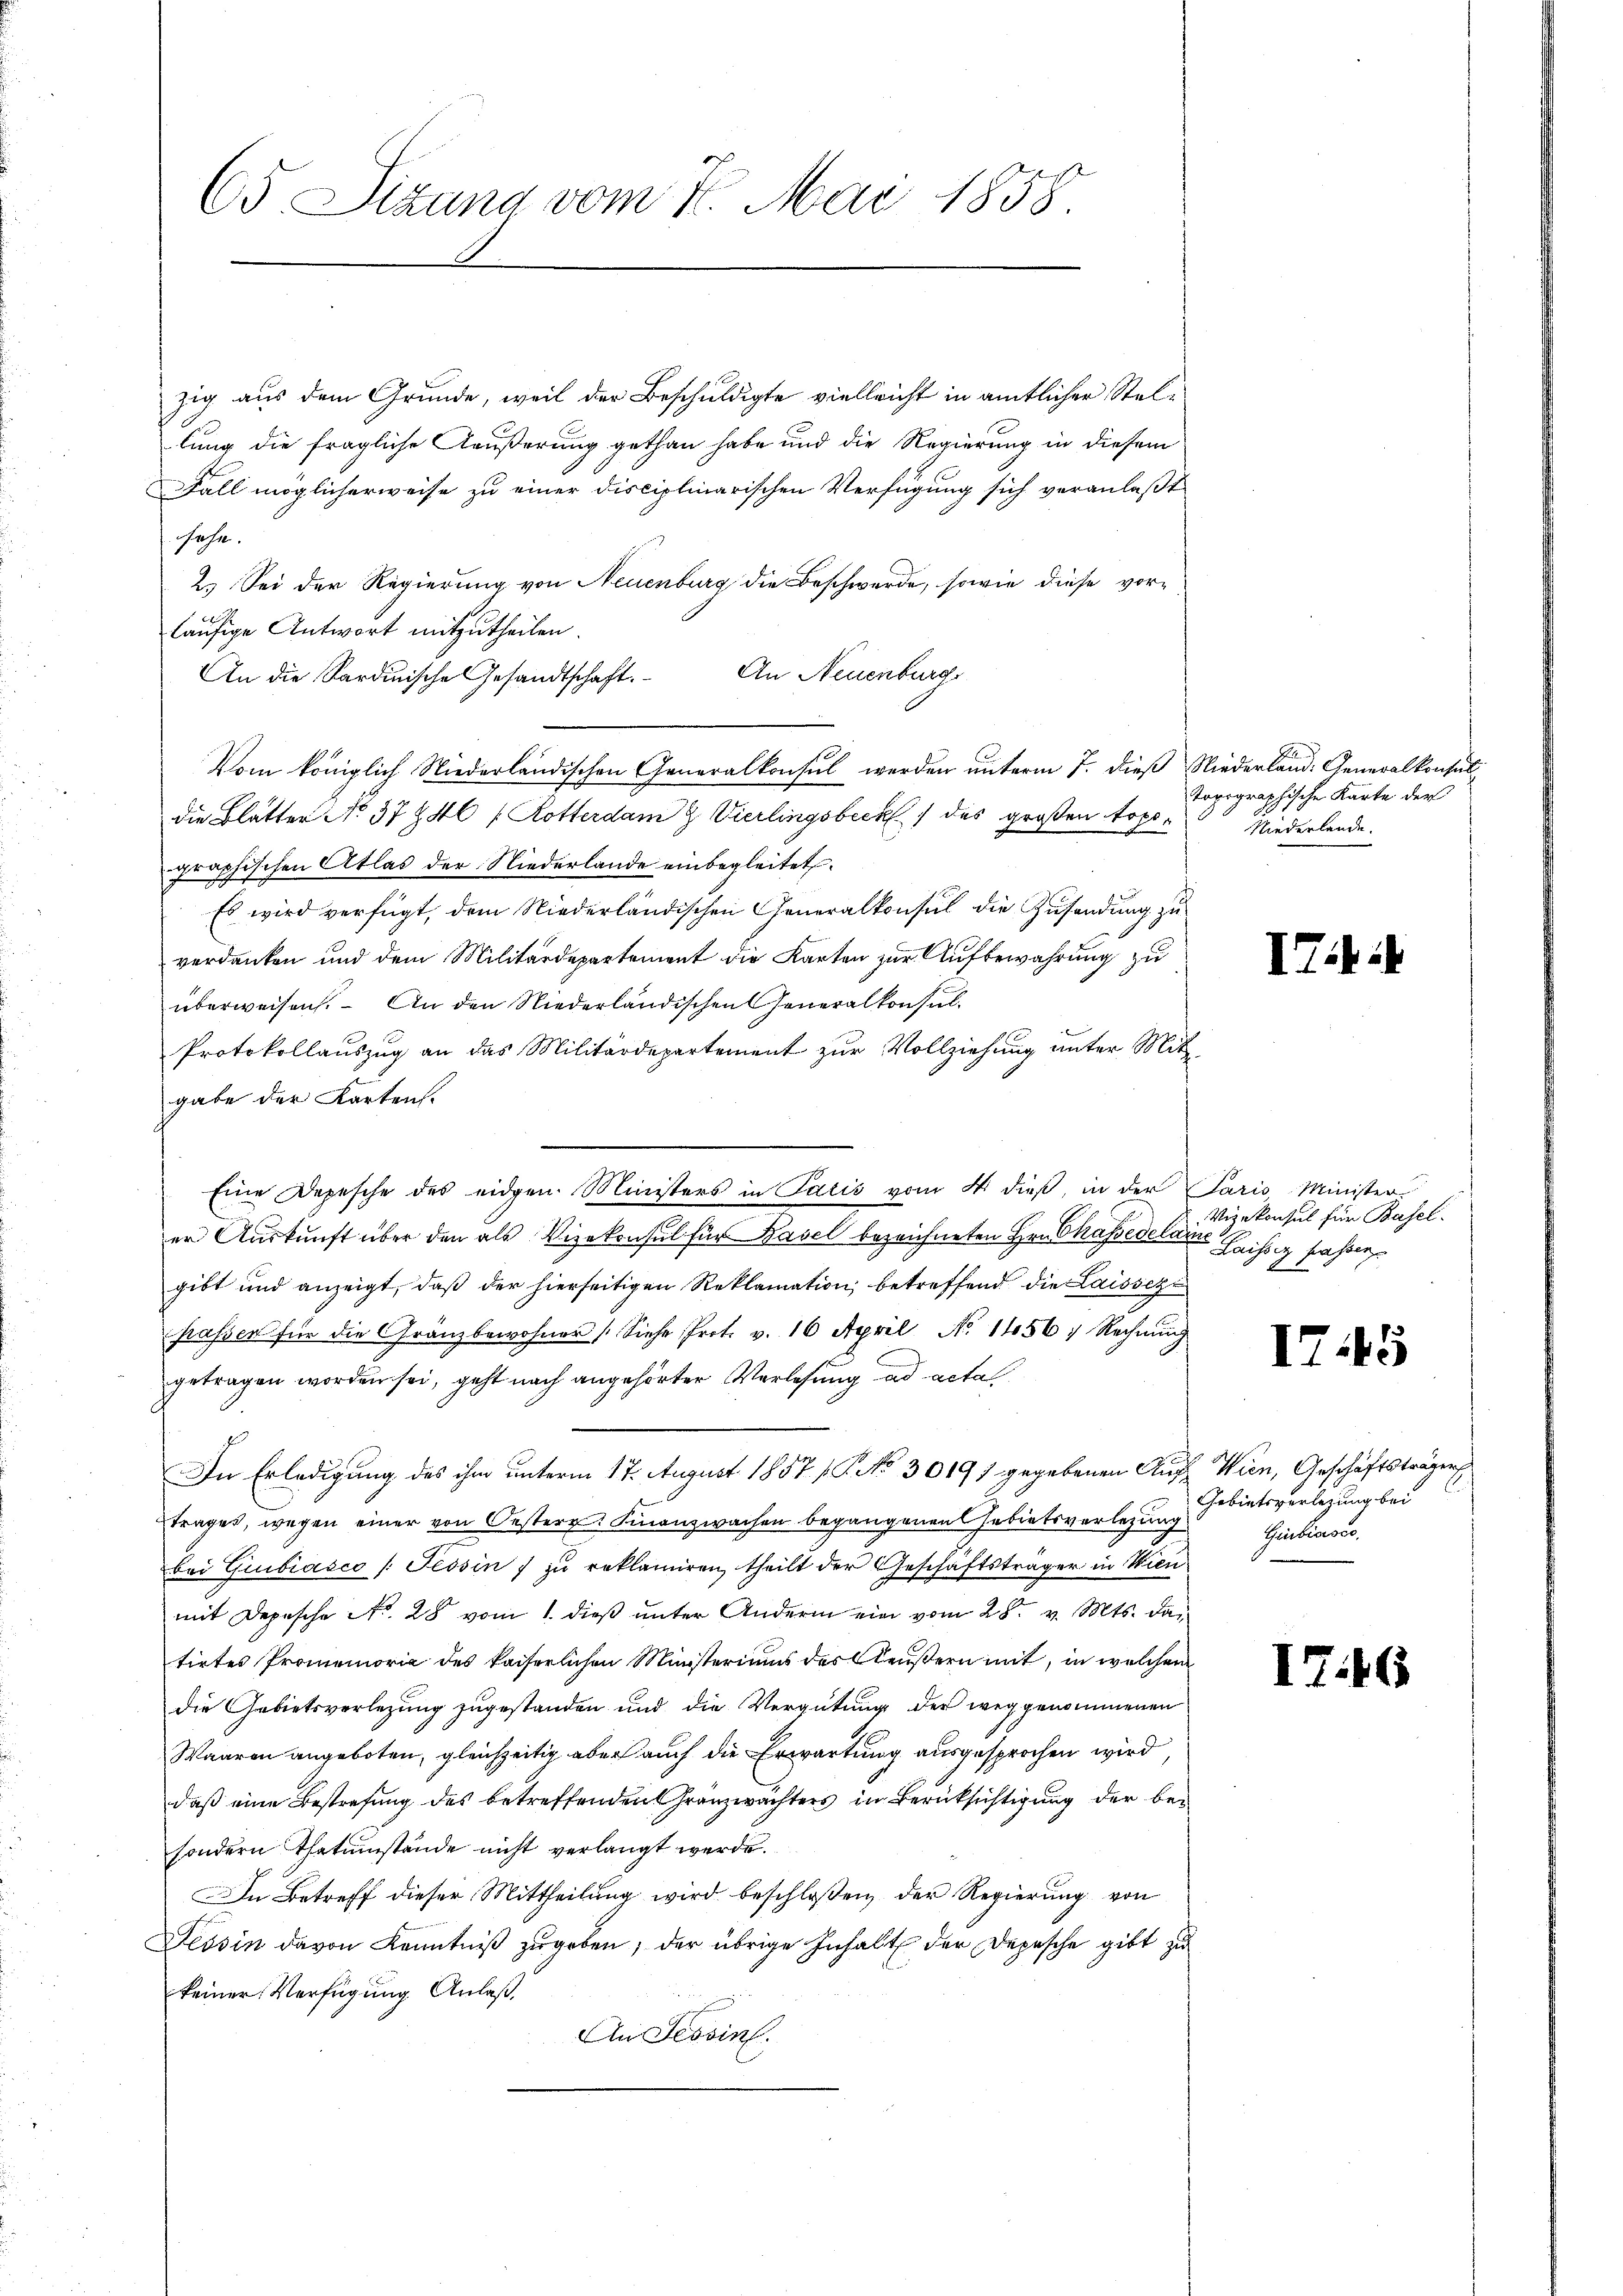
zig aus dem Grunde, weil der Beschuldigte vielleicht in amtlicher Stellung die fragliche Aeußerung gethan habe und die Regierung in diesem
Fall möglicherweise zu einer disciplinarischen Verfügung sich veranlaßt
sehe.
2.) Sei der Regierung von Neuenburg die Beschwerde, sowie diese vor-
 f 0 x
läufige Antwort mitzutheilen.
An die Sardinische Gesandtschaft. An Neuenburg
Vom königlich Niederländischen Generalkonsul werden ŭnterm 7. dieβ Niederland: Generalkonsul-
die Blätter No. 37 746 f. Rotterdam H. Vierlingsbeck des großen Topographischen Atlas der Niederlande einbegleitet.
Es wird verfügt, dem Niederländischen Generalkonsul die Zusendung zu
verdanken und dem Militärdepartement die Karten zur Aufbewahrung zu
überweisen. – An den Niederländischen Generalkonsul¬
Protokollauszug an das Militärdepartement zur Vollziehung unter Mit-
gabe der Karten.
er Auskunft über den als Vizekonsul für Basel bezeichneten Hrn. Chassedelain
gibt und anzeigt, daβ der hierseitigen Reklamation, betreffend die Laissege
passen für die Gränzbewohner (Siehe Prot. v. 16 April No 1456 : Rechnŭng
getragen worden sei, geht nach angehörter Verlesung ad acta
In Erledigung des ihm unterm 17. August 1857 f. No 30191 gegebenen Auf Wien, Geschäftsträgers
trages, wegen einer von Oesterr. Finanzwachen begangenen Gebietsverlegung
bei Giubiasco /: Tessin zŭ reklamiren, theilt der Geschäftsträger in Wien
mit Depesche No. 28 vom 1. dieß unter Andern ein vom 28. v. Mts. datirtes Promemoria des kaiserlichen Ministeriums des Aeußern mit, in welchem
die Gebietsverlegung zugestanden und die Vergütung der weggenommenen
Waaren angeboten, gleichzeitig aber auch die Erwartung ausgesprochen wird,
daß eine Bestrafung des betreffenden Granzwächters in Berücksichtigung der besondern Thatumstände nicht verlangt werde.
In Betreff dieser Mittheilung wird beschloßen, der Regierung von
Tessin davon Kenntniß zugeben, der übrige Inhalt der Depesche gibt zu
keiner Verfügung Anlaß,
An Tessin.

65 Sizung vom 7. Mai 1858

Eine Depesche des eidgen Ministers in Paris vom 4. dieß, in der

22
topographische Karte der
Niederlande.

ITi

Paris Minister
Vizekonsul für Basel.
 Laissig Jahren

I745

Gebietsverlegung bei
Giubiasco,

I7.46